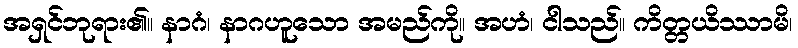
အရှင်ဘုရား၏။ နာဂံ၊ နာဂဟူသော အမည်ကို။ အဟံ၊ ငါသည်။ ကိတ္တယိဿာမိ၊